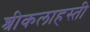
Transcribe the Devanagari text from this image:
श्रीकलाहस्ती